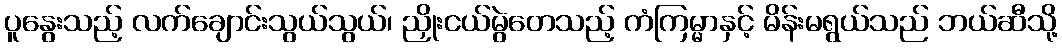
ပူနွေးသည့် လက်ချောင်းသွယ်သွယ်၊ ညှိုးငယ်မွဲတေသည့် ကံကြမ္မာနှင့် မိန်းမရွယ်သည် ဘယ်ဆီသို့